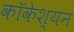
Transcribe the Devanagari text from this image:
कॉकेश्यन